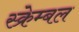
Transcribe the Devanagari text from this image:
स्क्रेम्बल